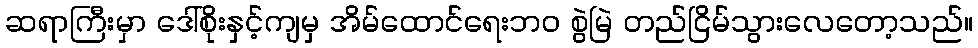
ဆရာကြီးမှာ ဒေါ်စိုးနှင့်ကျမှ အိမ်ထောင်ရေးဘဝ စွဲမြဲ တည်ငြိမ်သွားလေတော့သည်။